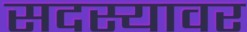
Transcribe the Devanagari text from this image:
सदस्यावर